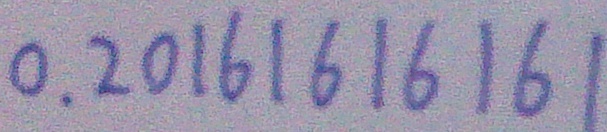
0 . 2 0 1 1 6 1 6 1 6 1